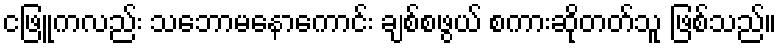
ငဖြူကလည်း သဘောမနောကောင်း ချစ်စဖွယ် စကားဆိုတတ်သူ ဖြစ်သည်။